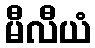
မီလီယံ